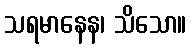
သရမာနေန၊ သိသော။